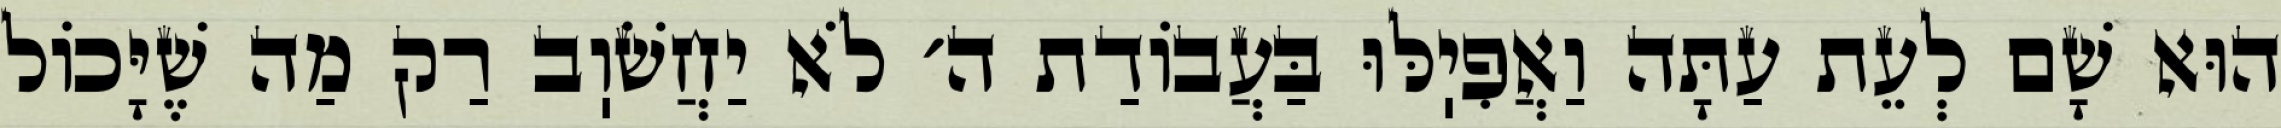
הוּא שָׁם לְעֵת עַתָּה וַאֲפִיֽלּוּ בַּעֲבוֹדַת ה׳ לֹא יַחֲשֹׁוֽב רַק מַה שֶׁיָּכוֹל